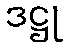
ဒဋ္ဌု